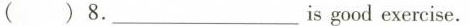
( ) 8.___is good exercise.